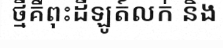
ថ្មីគឺពុះដីឡូត៍លក់ និង